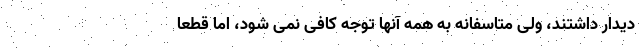
دیدار داشتند، ولی متاسفانه به همه آنها توجه کافی نمی شود، اما قطعا